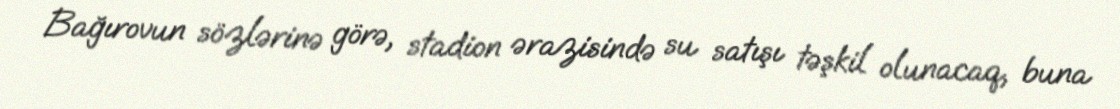
Bağırovun sözlərinə görə, stadion ərazisində su satışı təşkil olunacaq, buna